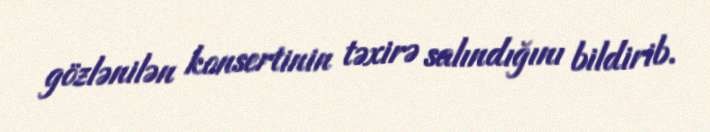
gözlənilən konsertinin təxirə salındığını bildirib.